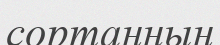
сортаңның